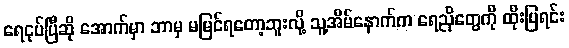
ရေငုပ်ပြီဆို အောက်မှာ ဘာမှ မမြင်ရတော့ဘူးလို့ သူ့အိမ်နောက်က ရေညိုတွေကို ထိုးပြရင်း